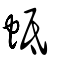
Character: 蚳